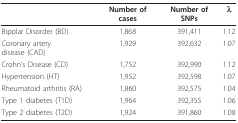
<table><thead><tr><td></td><td><b>Number of cases</b></td><td><b>Number of SNPs</b></td><td><b>λ</b></td></tr></thead><tbody><tr><td>Bipolar Disorder (BD)</td><td>1,868</td><td>391,411</td><td>1.12</td></tr><tr><td>Coronary artery disease (CAD)</td><td>1,929</td><td>392,632</td><td>1.07</td></tr><tr><td>Crohn&#x27;s Disease (CD)</td><td>1,752</td><td>392,990</td><td>1.12</td></tr><tr><td>Hypertension (HT)</td><td>1,952</td><td>392,598</td><td>1.07</td></tr><tr><td>Rheumatoid arthritis (RA)</td><td>1,860</td><td>392,575</td><td>1.04</td></tr><tr><td>Type 1 diabetes (T1D)</td><td>1,964</td><td>392,355</td><td>1.06</td></tr><tr><td>Type 2 diabetes (T2D)</td><td>1,924</td><td>391,860</td><td>1.08</td></tr></tbody></table>